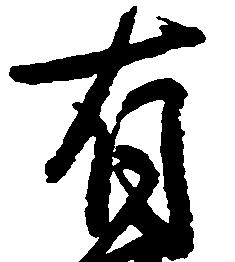
有